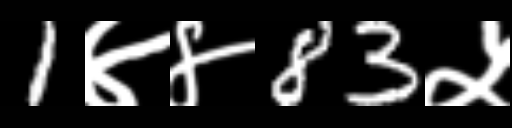
Text: 1४४83५